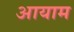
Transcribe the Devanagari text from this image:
अायाम